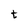
Character: t